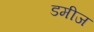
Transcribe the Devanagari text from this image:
डमीज